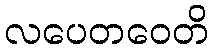
လပေတဝေတိ